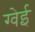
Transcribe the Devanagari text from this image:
ग्वेई